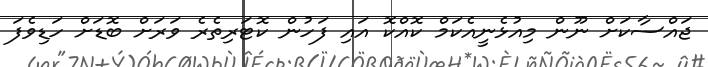
ޖައްސާކަށް ނޫން މިއުޅެނީއެކަމް ކޮއްކޮ އައި ފަހުން ކޮޓަރިތެރެ ވަރަށް ބޮޑަށް ހަޑިވެފަ